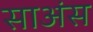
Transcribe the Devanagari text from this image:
साअंस